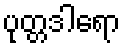
ပုတ္တဒါရော